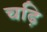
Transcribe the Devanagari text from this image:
चढ़ि